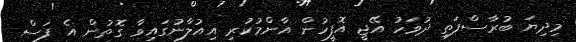
މިދިޔަ ބުރާސްފަތި ދުވަހު އޭޖީ އޮފީހުން އާންމުކުރި އިއުލާނުގައިވާ ގޮތުން އެ ފަސް